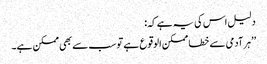
دلیل اس کی یہ ہے کہ:
’’ہر آدمی سے خطا ممکن الوقوع ہے تو سب سے بھی ممکن ہے۔